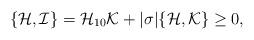
LaTeX: \begin{align*}\{{\cal H},{\cal I}\}={\cal H}_{10}{\cal K}+|\sigma|\{{\cal H},{\cal K}\}\geq0,\end{align*}